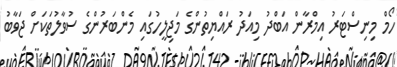
ހޯމް މިނިސްޓަރު އިމްރާން އަބްދު މިއަދު ރައްޔިތުންގެ މަޖިލީހުގައި މެންބަރުންގެ ސުވާލުތަކަށް ޖަވާބު